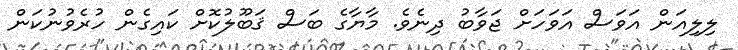
ލިލިއަން އަވަސް އަވަހަށް ޖަވާބު ދިނެވެ. މާޔާގެ ބަސް ޤަބޫލުކޮށް ކައިގެން ހުރެވުނުކަން